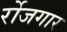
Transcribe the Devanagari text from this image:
र्रोजगार